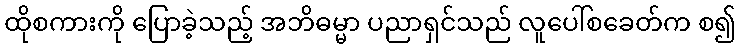
ထိုစကားကို ပြောခဲ့သည့် အဘိဓမ္မာ ပညာရှင်သည် လူပေါ်စခေတ်က စ၍